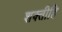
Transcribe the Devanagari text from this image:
शक्तीहि